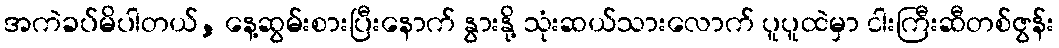
အကဲခပ်မိပါတယ်, နေ့ဆွမ်းစားပြီးနောက် နွားနို့ သုံးဆယ်သားလောက် ပူပူထဲမှာ ငါးကြီးဆီတစ်ဇွန်း